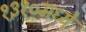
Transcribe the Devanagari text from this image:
१३१०मध्ये